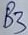
Text: B3